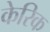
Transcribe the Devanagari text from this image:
केरिक